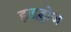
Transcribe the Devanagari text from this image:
हाइड्रोज